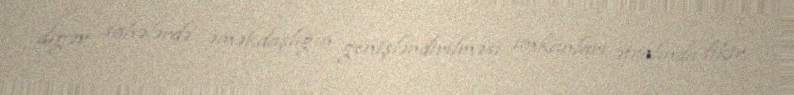
digər sahələrdə əməkdaşlığın genişləndirilməsi imkanları ətrafında fikir